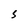
Character: S